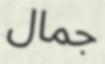
جمال